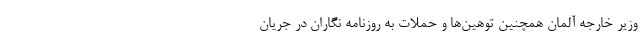
وزیر خارجه آلمان همچنین توهین‌ها و حملات به روزنامه نگاران در جریان